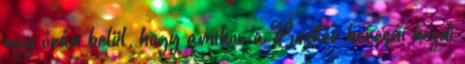
egy órán belül, hogy amikor a Bustler keresni kezdi